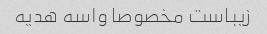
زیباست مخصوصا واسه هدیه